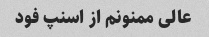
عالی ممنونم از اسنپ فود